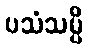
ပသံသမ္ပိ